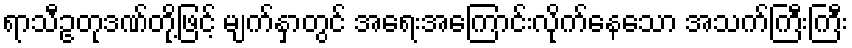
ရာသီဥတုဒဏ်တို့ဖြင့် မျက်နှာတွင် အရေးအကြောင်းလိုက်နေသော အသက်ကြီးကြီး